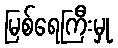
မြစ်ရေကြီးမှု